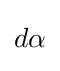
{\begin{aligned}d\alpha \end{aligned}}